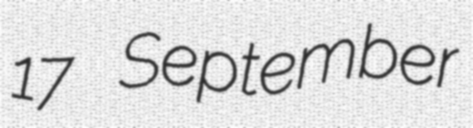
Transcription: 17 September